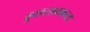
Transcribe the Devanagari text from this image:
कुछसामान्य